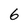
Character: 6